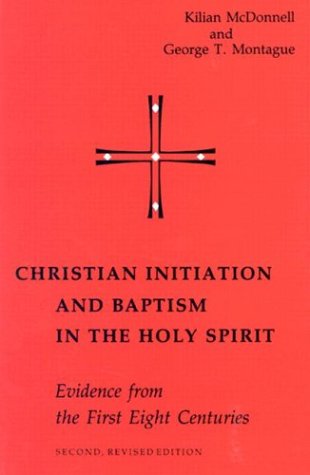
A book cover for Christian Initiation and Baptism in the Holy Spirit: Second Revised Edition (Michael Glazier Books); Kilian McDonnell OSB; Christian Books & Bibles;